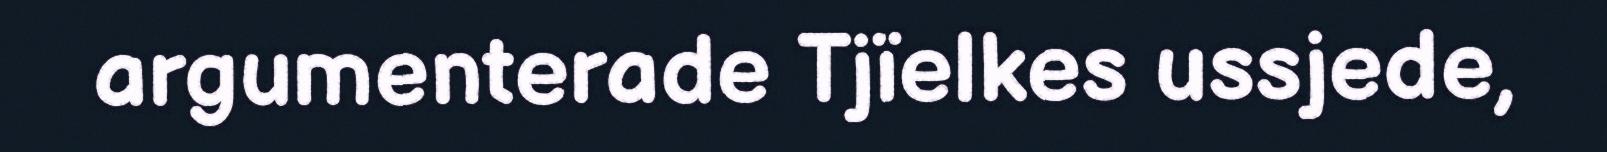
argumenterade Tjïelkes ussjede,